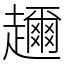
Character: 趰